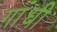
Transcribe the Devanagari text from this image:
गांंधी